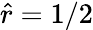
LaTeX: \hat{r}=1/2